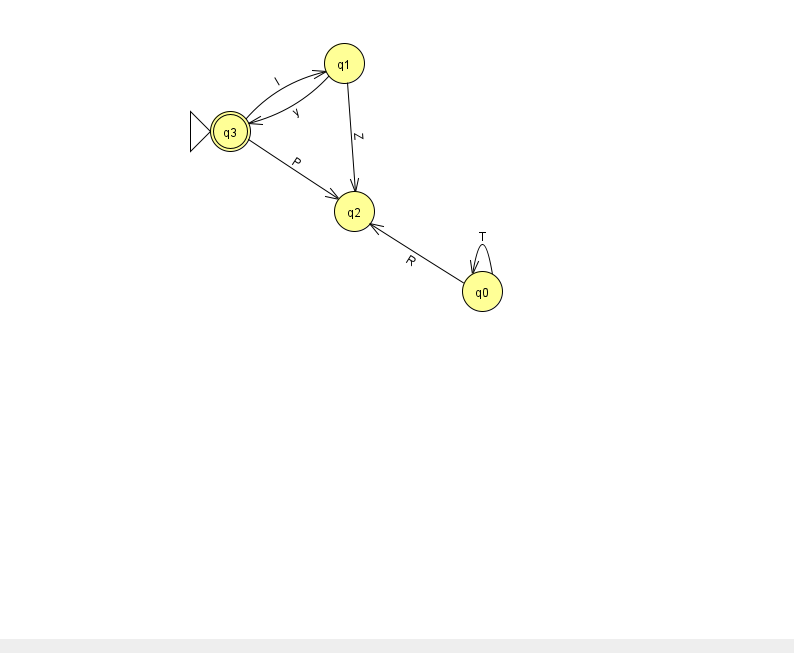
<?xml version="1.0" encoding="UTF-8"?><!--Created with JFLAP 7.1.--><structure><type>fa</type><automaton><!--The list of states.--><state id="0" name="q0"><x>482.0</x><y>278.0</y></state><state id="1" name="q1"><x>344.0</x><y>50.0</y></state><state id="2" name="q2"><x>354.0</x><y>198.0</y></state><state id="3" name="q3"><x>230.0</x><y>118.0</y><initial/><final/></state><!--The list of transitions.--><transition><from>1</from><to>2</to><read>Z</read></transition><transition><from>0</from><to>0</to><read>T</read></transition><transition><from>0</from><to>2</to><read>R</read></transition><transition><from>3</from><to>1</to><read>l</read></transition><transition><from>1</from><to>3</to><read>y</read></transition><transition><from>3</from><to>2</to><read>P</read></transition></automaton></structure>